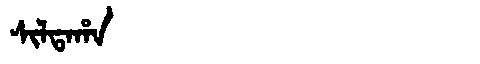
Manchu: ᠰᡳᠯᡨᠠᡥᠠ
Romanization: SILTAHA